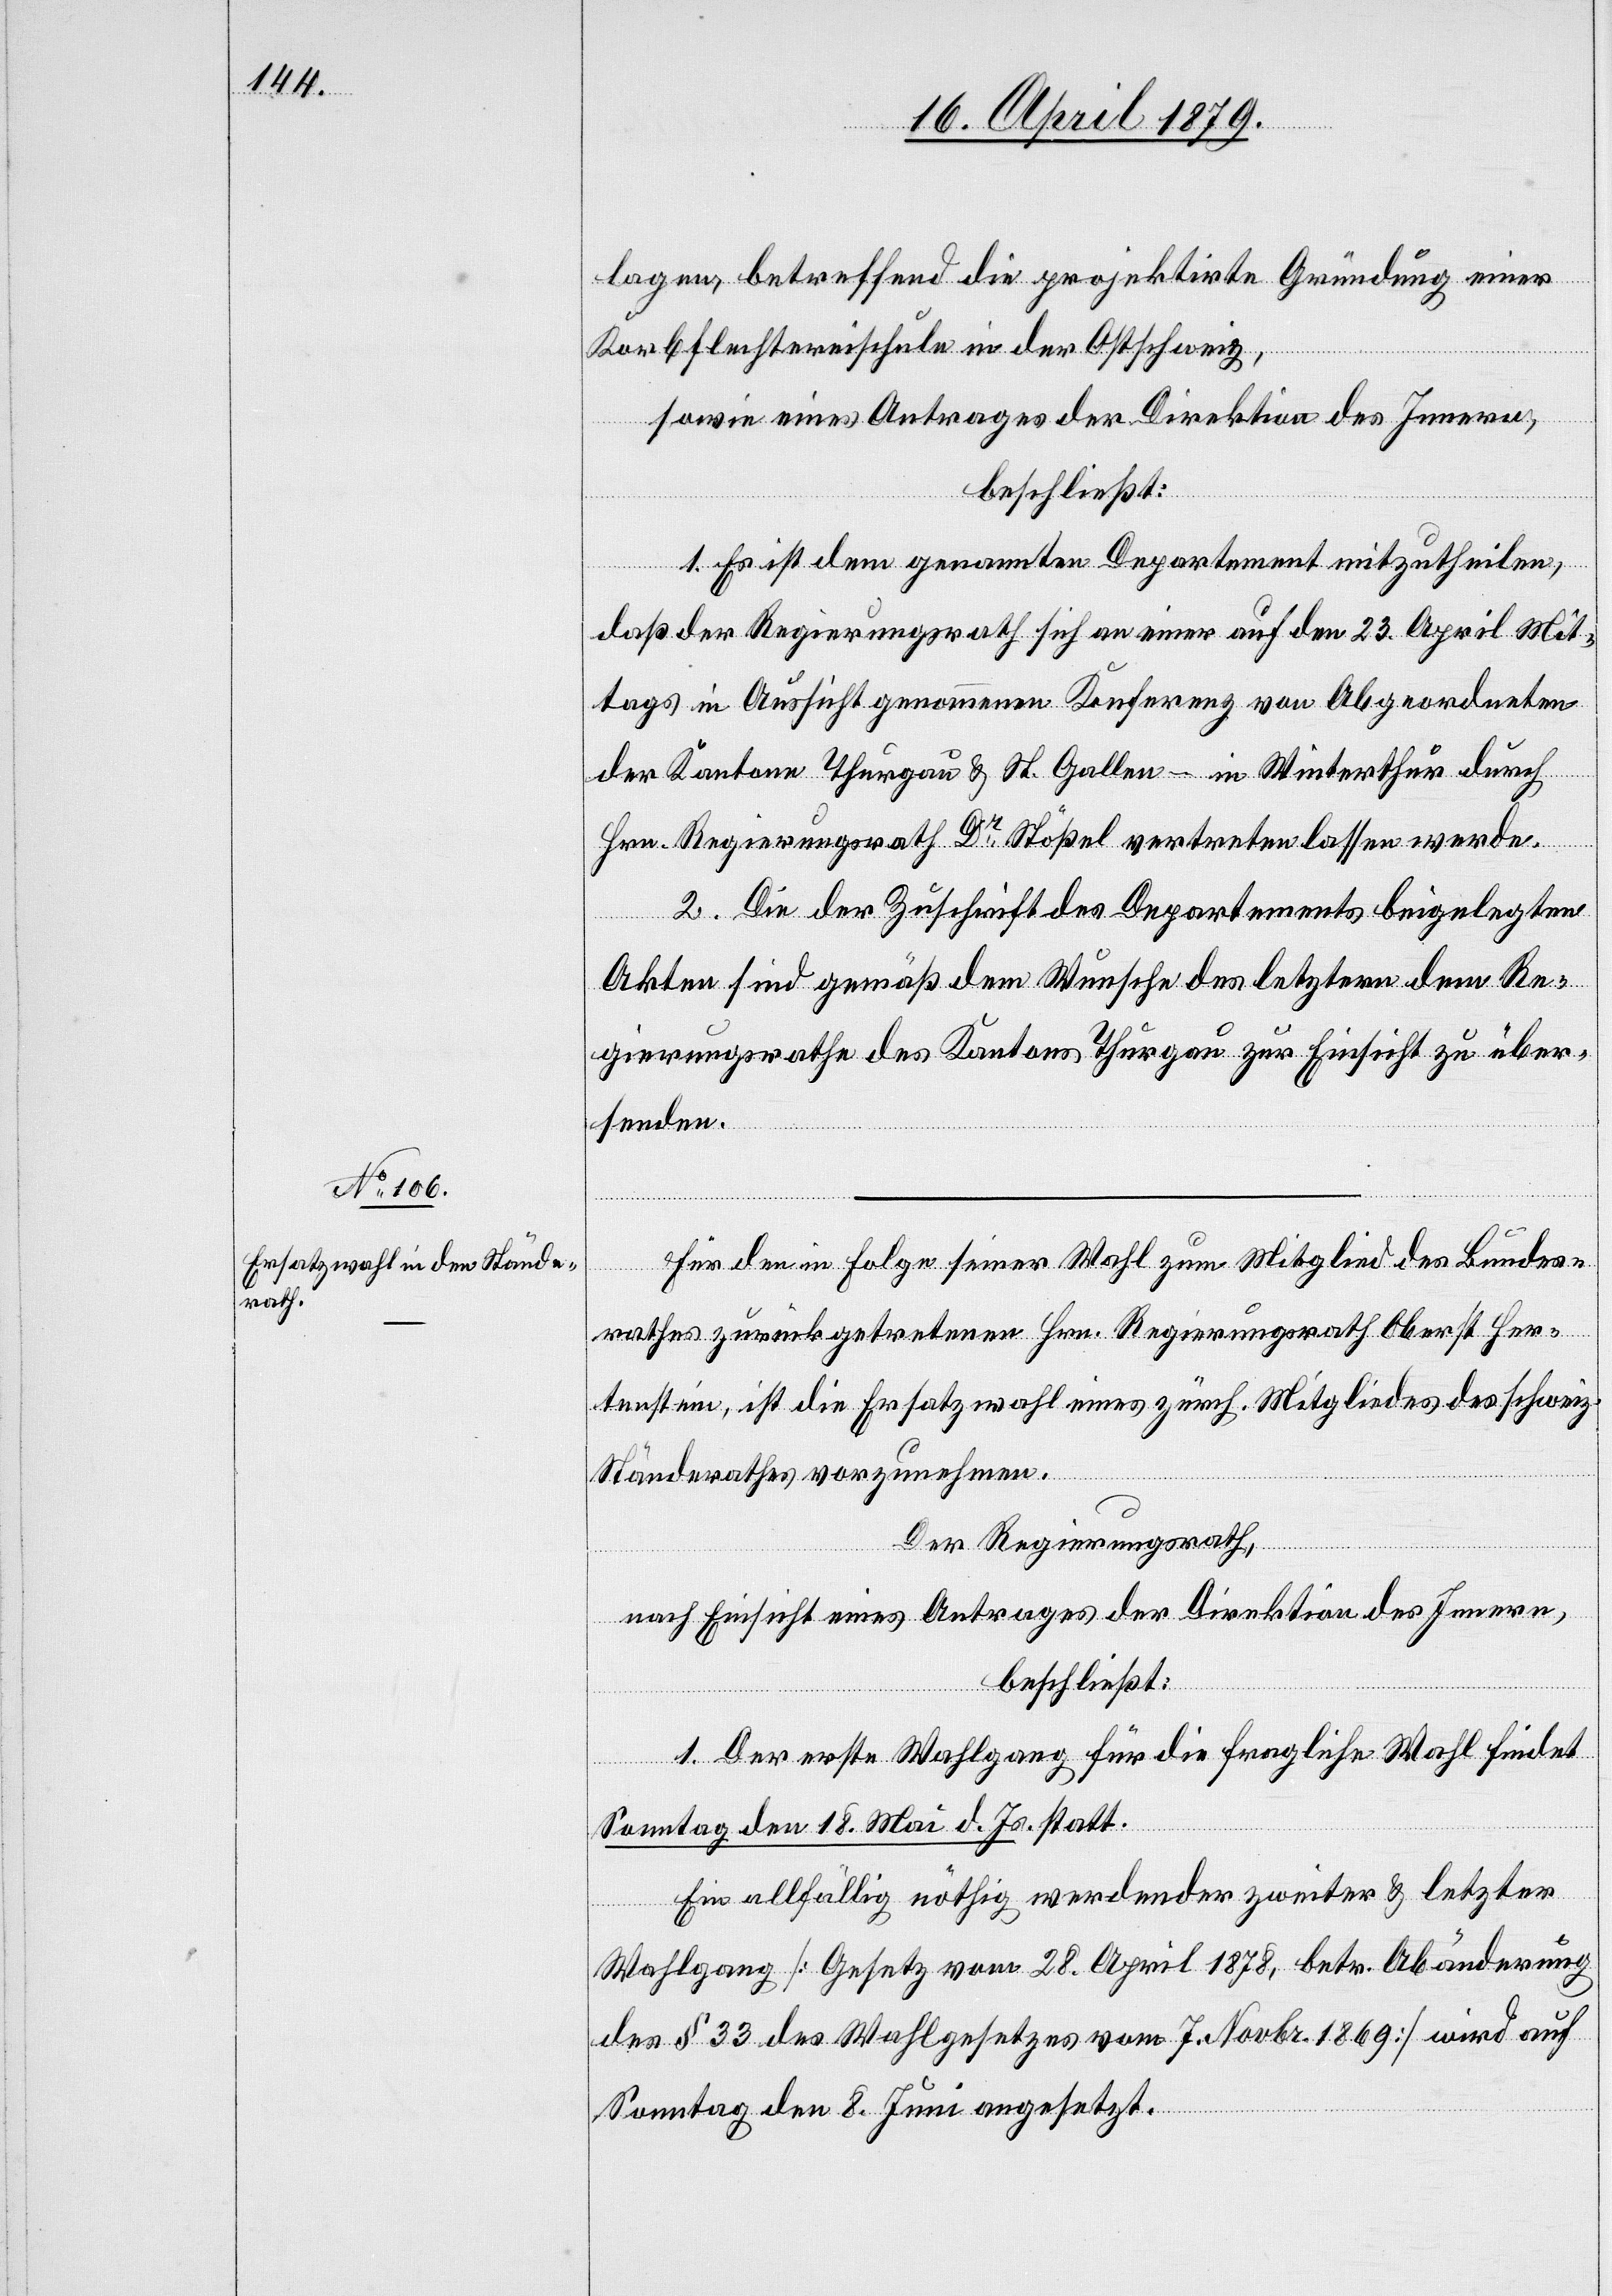
lagen, betreffend die projektirte Gründung einer
Korbflechtereischule in der Ostschweiz,
sowie eines Antrages der Direktion des Innern,
beschließt:
1. Es ist dem genannten Departement mitzutheilen,
daß der Regierungsrath sich an einer auf den 23. April Mit¬
tags in Aussicht genommenen Konferenz von Abgeordneten
der Kantone Thurgau & St. Gallen – in Winterthur durch
Hrn. Regierungsrath Dr Stößel vertreten lassen werde.
2. Die der Zuschrift des Departements beigelegten
Akten sind gemäß dem Wunsche des letztern dem Re¬
gierungsrathe des Kantons Thurgau zur Einsicht zu über¬
senden.